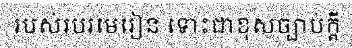
របស់របរមេរៀន ទោះជាខុសច្បាប់ក្តី